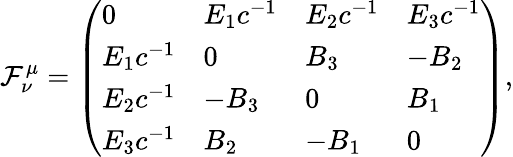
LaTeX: \mathcal{F}^{\mu}_{\nu}=\left(\begin{array}{llll}{0}&{E_{1}c^{-1}}&{E_{2}c^{-1}}&{E_{3}c^{-1}}\\ {E_{1}c^{-1}}&{0}&{B_{3}}&{-B_{2}}\\ {E_{2}c^{-1}}&{-B_{3}}&{0}&{B_{1}}\\ {E_{3}c^{-1}}&{B_{2}}&{-B_{1}}&{0}\end{array}\right),